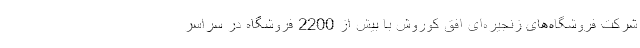
شرکت فروشگاه‌های زنجیره‌ای افق کوروش با بیش از 2200 فروشگاه در سراسر